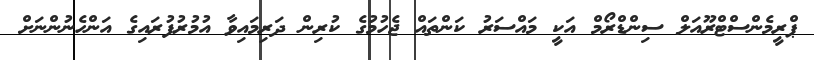
ޕްރީމެންސްޓްރޫއަލް ސިންޑްރޯމް އަކީ މައްސަރު ކަންތައް ޖެހުމުގެ ކުރިން ދަރިމައިވާ އުމުރުފުރައިގެ އަންހެނުންނަށް